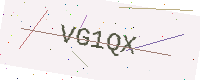
Text: VG1QX